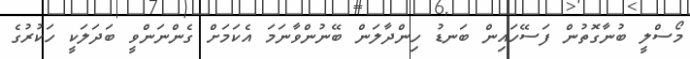
މޯސްލީ ބުނާގޮތުން ފަސޭހައިން ބަނޑު ހިންދާލަން ބޭނުންވާނަމަ އެކަމަށް ގެންނަންވީ ބަދަލަކީ ހަކުރުގެ